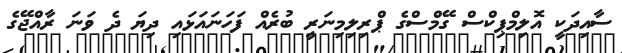
ސާއިދަކީ އޮލިމްޕިކްސް ގޭމްސްގެ ޕްރިލިމިނަރީ ބުރެއް ފަހަނައަޅައި ދިޔަ ދެ ވަނަ ރާއްޖޭގެ